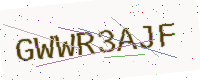
Text: GWWR3AJF